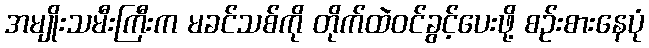
အမျိုးသမီးကြီးက မခင်သစ်ကို တိုက်ထဲဝင်ခွင့်ပေးဖို့ စဉ်းစားနေပုံ